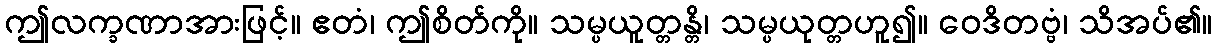
ဤလက္ခဏာအားဖြင့်။ ဧတံ၊ ဤစိတ်ကို။ သမ္ပယူတ္တန္တိ၊ သမ္ပယုတ္တဟူ၍။ ဝေဒိတဗ္ဗံ၊ သိအပ်၏။